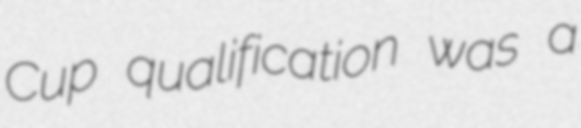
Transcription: Cup qualification was a